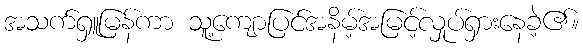
အသက်ရှူမြန်ကာ သူ့ကျောပြင်အနိမ့်အမြင့်လှုပ်ရှားနေခဲ့၏။